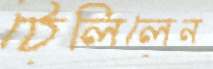
ঠেলিলেন